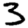
Digit: 3